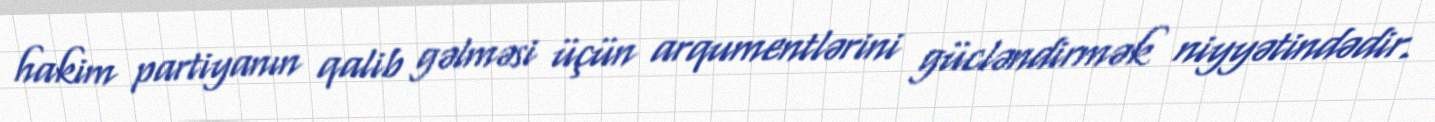
hakim partiyanın qalib gəlməsi üçün arqumentlərini gücləndirmək niyyətindədir.